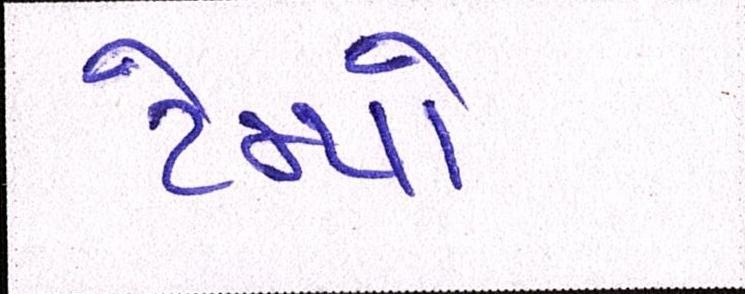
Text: ટેમ્પો